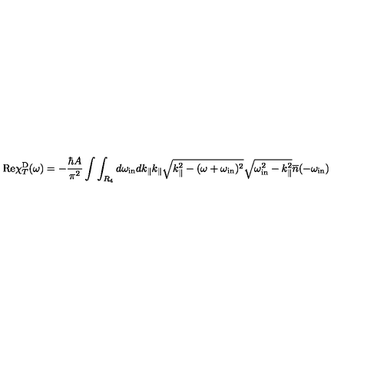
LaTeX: \mathrm { R e } \chi _ { T } ^ { \mathrm { D } } ( \omega ) = - \frac { \hbar A } { \pi ^ { 2 } } \int \int _ { R _ { 4 } } d \omega _ { \mathrm { i n } } d k _ { \| } k _ { \| } \sqrt { k _ { \| } ^ { 2 } - ( \omega + \omega _ { \mathrm { i n } } ) ^ { 2 } } \sqrt { \omega _ { \mathrm { i n } } ^ { 2 } - k _ { \| } ^ { 2 } } { \overline { n } } ( - \omega _ { \mathrm { i n } } )